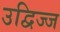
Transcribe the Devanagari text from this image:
उद्विज्ज